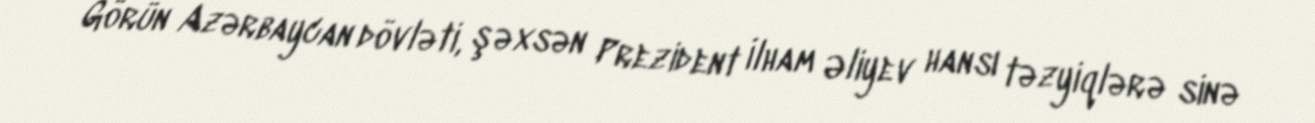
Görün Azərbaycan dövləti, şəxsən Prezident İlham Əliyev hansı təzyiqlərə sinə